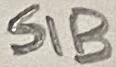
Text: S1B